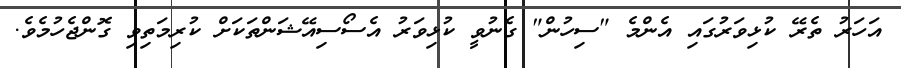
އަހަރު ތެރޭ ކުޅިވަރުގައި އެންމެ "ސިހުން" ގެނުވީ ކުޅިވަރު އެސޯސިއޭޝަންތަކަށް ކުރިމަތިވި ގޮންޖެހުމެވެ.